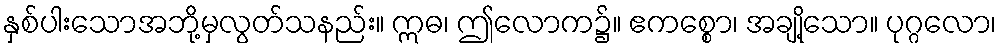
နှစ်ပါးသောအဘို့မှလွတ်သနည်း။ ဣဓ၊ ဤလောက၌။ ဧကစ္စော၊ အချို့သော။ ပုဂ္ဂလော၊